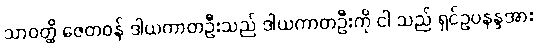
သာဝတ္ထိ ဇေတဝန် ဒါယကာတဦးသည် ဒါယကာတဦးကို ငါ သည် ရှင်ဥပနန္ဒအား